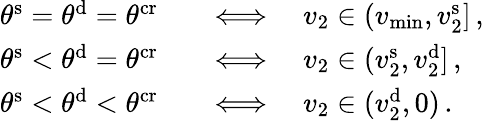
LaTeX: \begin{array}{rl}{\theta^{\mathrm{s}}=\theta^{\mathrm{d}}=\theta^{\mathrm{cr}}\quad}&{\Longleftrightarrow\quad v_{2}\in(v_{\operatorname*{min}},v_{2}^{\mathrm{s}}]\, ,}\\ {\theta^{\mathrm{s}}<\theta^{\mathrm{d}}=\theta^{\mathrm{cr}}\quad}&{\Longleftrightarrow\quad v_{2}\in(v_{2}^{\mathrm{s}},v_{2}^{\mathrm{d}}]\, ,}\\ {\theta^{\mathrm{s}}<\theta^{\mathrm{d}}<\theta^{\mathrm{cr}}\quad}&{\Longleftrightarrow\quad v_{2}\in(v_{2}^{\mathrm{d}},0)\, .}\end{array}